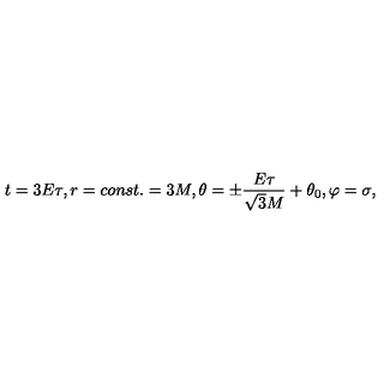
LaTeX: t = 3 E \tau , r = c o n s t . = 3 M , \theta = \pm \frac { E \tau } { \sqrt { 3 } M } + \theta _ { 0 } , \varphi = \sigma ,